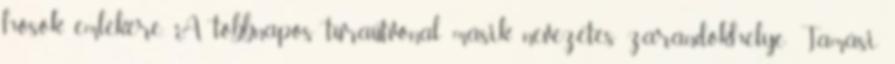
hősök emlékére. A többnapos túraútvonal másik nevezetes zarándokhelye Tamási